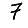
Digit: 7